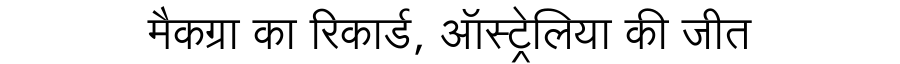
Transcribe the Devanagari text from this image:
मैकग्रा का रिकार्ड, ऑस्ट्रेलिया की जीत